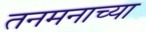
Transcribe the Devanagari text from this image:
तनमनाच्या